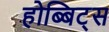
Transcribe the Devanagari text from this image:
होब्बिट्स